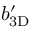
\ensuremath { b _ { \mathrm { 3 D } } ^ { \prime } }